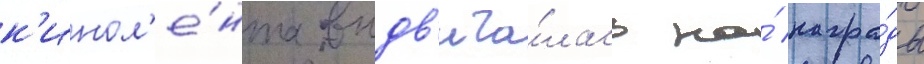
к'инол'е́нта выдв'ига́лась на́ награ́ды